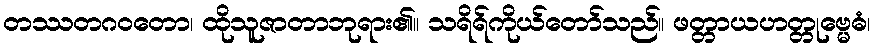
တဿတဂဝတော၊ ထိုသူဇာတာဘုရား၏။ သရိရ်ကိုယ်တော်သည်။ ဖတ္တာယဟတ္တုဗ္မေဓံ၊